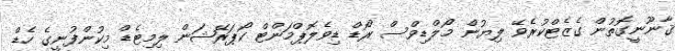
ޤާނޫނީގޮތުން ގެޒެޓްކުރެވޭ ލިޔުން މޯލްޑިވްސް ރޯޑް ޑިވެލޮޕްމަންޓް ކޯޕަރޭޝަން ލިމިޓެޑް މިކުންފުނީގެ ހެޑް